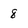
Character: 8